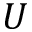
U